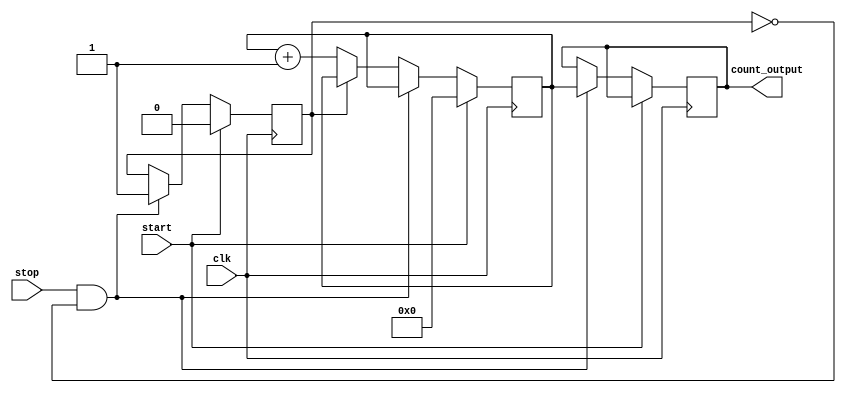
module TDC (
    input wire clk,            // Clock input
    input wire start,          // Start signal
    input wire stop,           // Stop signal
    output reg [N-1:0] count_output // Output count representing the time interval
);
    
    parameter N = 8;           // Number of bits for the counter (and output)
    parameter DELAY_STAGES = 16; // Number of delay stages in the delay line
    
    reg [N-1:0] counter;       // Counter to count clock cycles
    reg [DELAY_STAGES-1:0] delay_line; // Delay line to represent the time delay
    reg sampling;              // Sampling flag to indicate capturing counter value

    // Sequential logic for counter
    always @(posedge clk) begin
        if (start) begin
            counter <= 0;      // Reset counter on start
            sampling <= 0;     // Clear the sampling flag
        end else if (stop && !sampling) begin
            sampling <= 1;     // Set sampling flag on stop
            count_output <= counter; // Capture the counter value at stop
        end else if (!sampling) begin
            counter <= counter + 1; // Increment counter if not sampling
        end
    end

    // Delay line logic
    always @(posedge clk) begin
        if (start) begin
            delay_line <= 0;   // Reset delay line on start
        end else if (stop) begin
            // Sample the delay line (for example, assuming some external signal causes a change)
            delay_line <= {delay_line[DELAY_STAGES-2:0], 1'b1}; // Shift in a new value
        end else if (!sampling) begin
            // Propagate the signal through the delay stages
            delay_line <= {delay_line[DELAY_STAGES-2:0], 1'b0}; // Shift with delay
        end
    end

endmodule